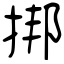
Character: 挷